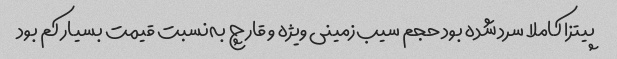
پیتزا کاملا سرد شده بود حجم سیب‌زمینی ویژه و قارچ به‌نسبت قیمت بسیار کم بود